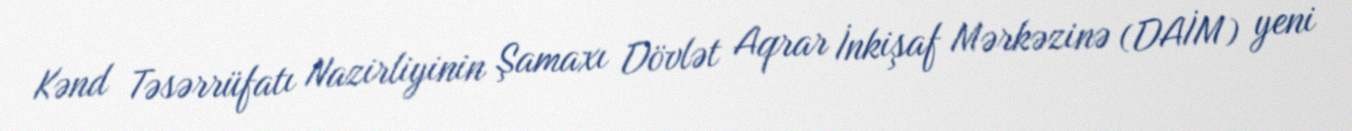
Kənd Təsərrüfatı Nazirliyinin Şamaxı Dövlət Aqrar İnkişaf Mərkəzinə (DAİM) yeni